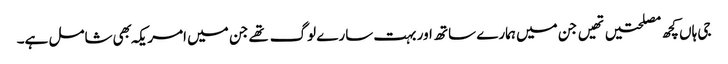
جی ہاں کچھ مصلحتیں تهیں جن میں ہمارے ساتھ اور بہت سارے لوگ تهے جن میں امریکہ بهی شامل ہے۔